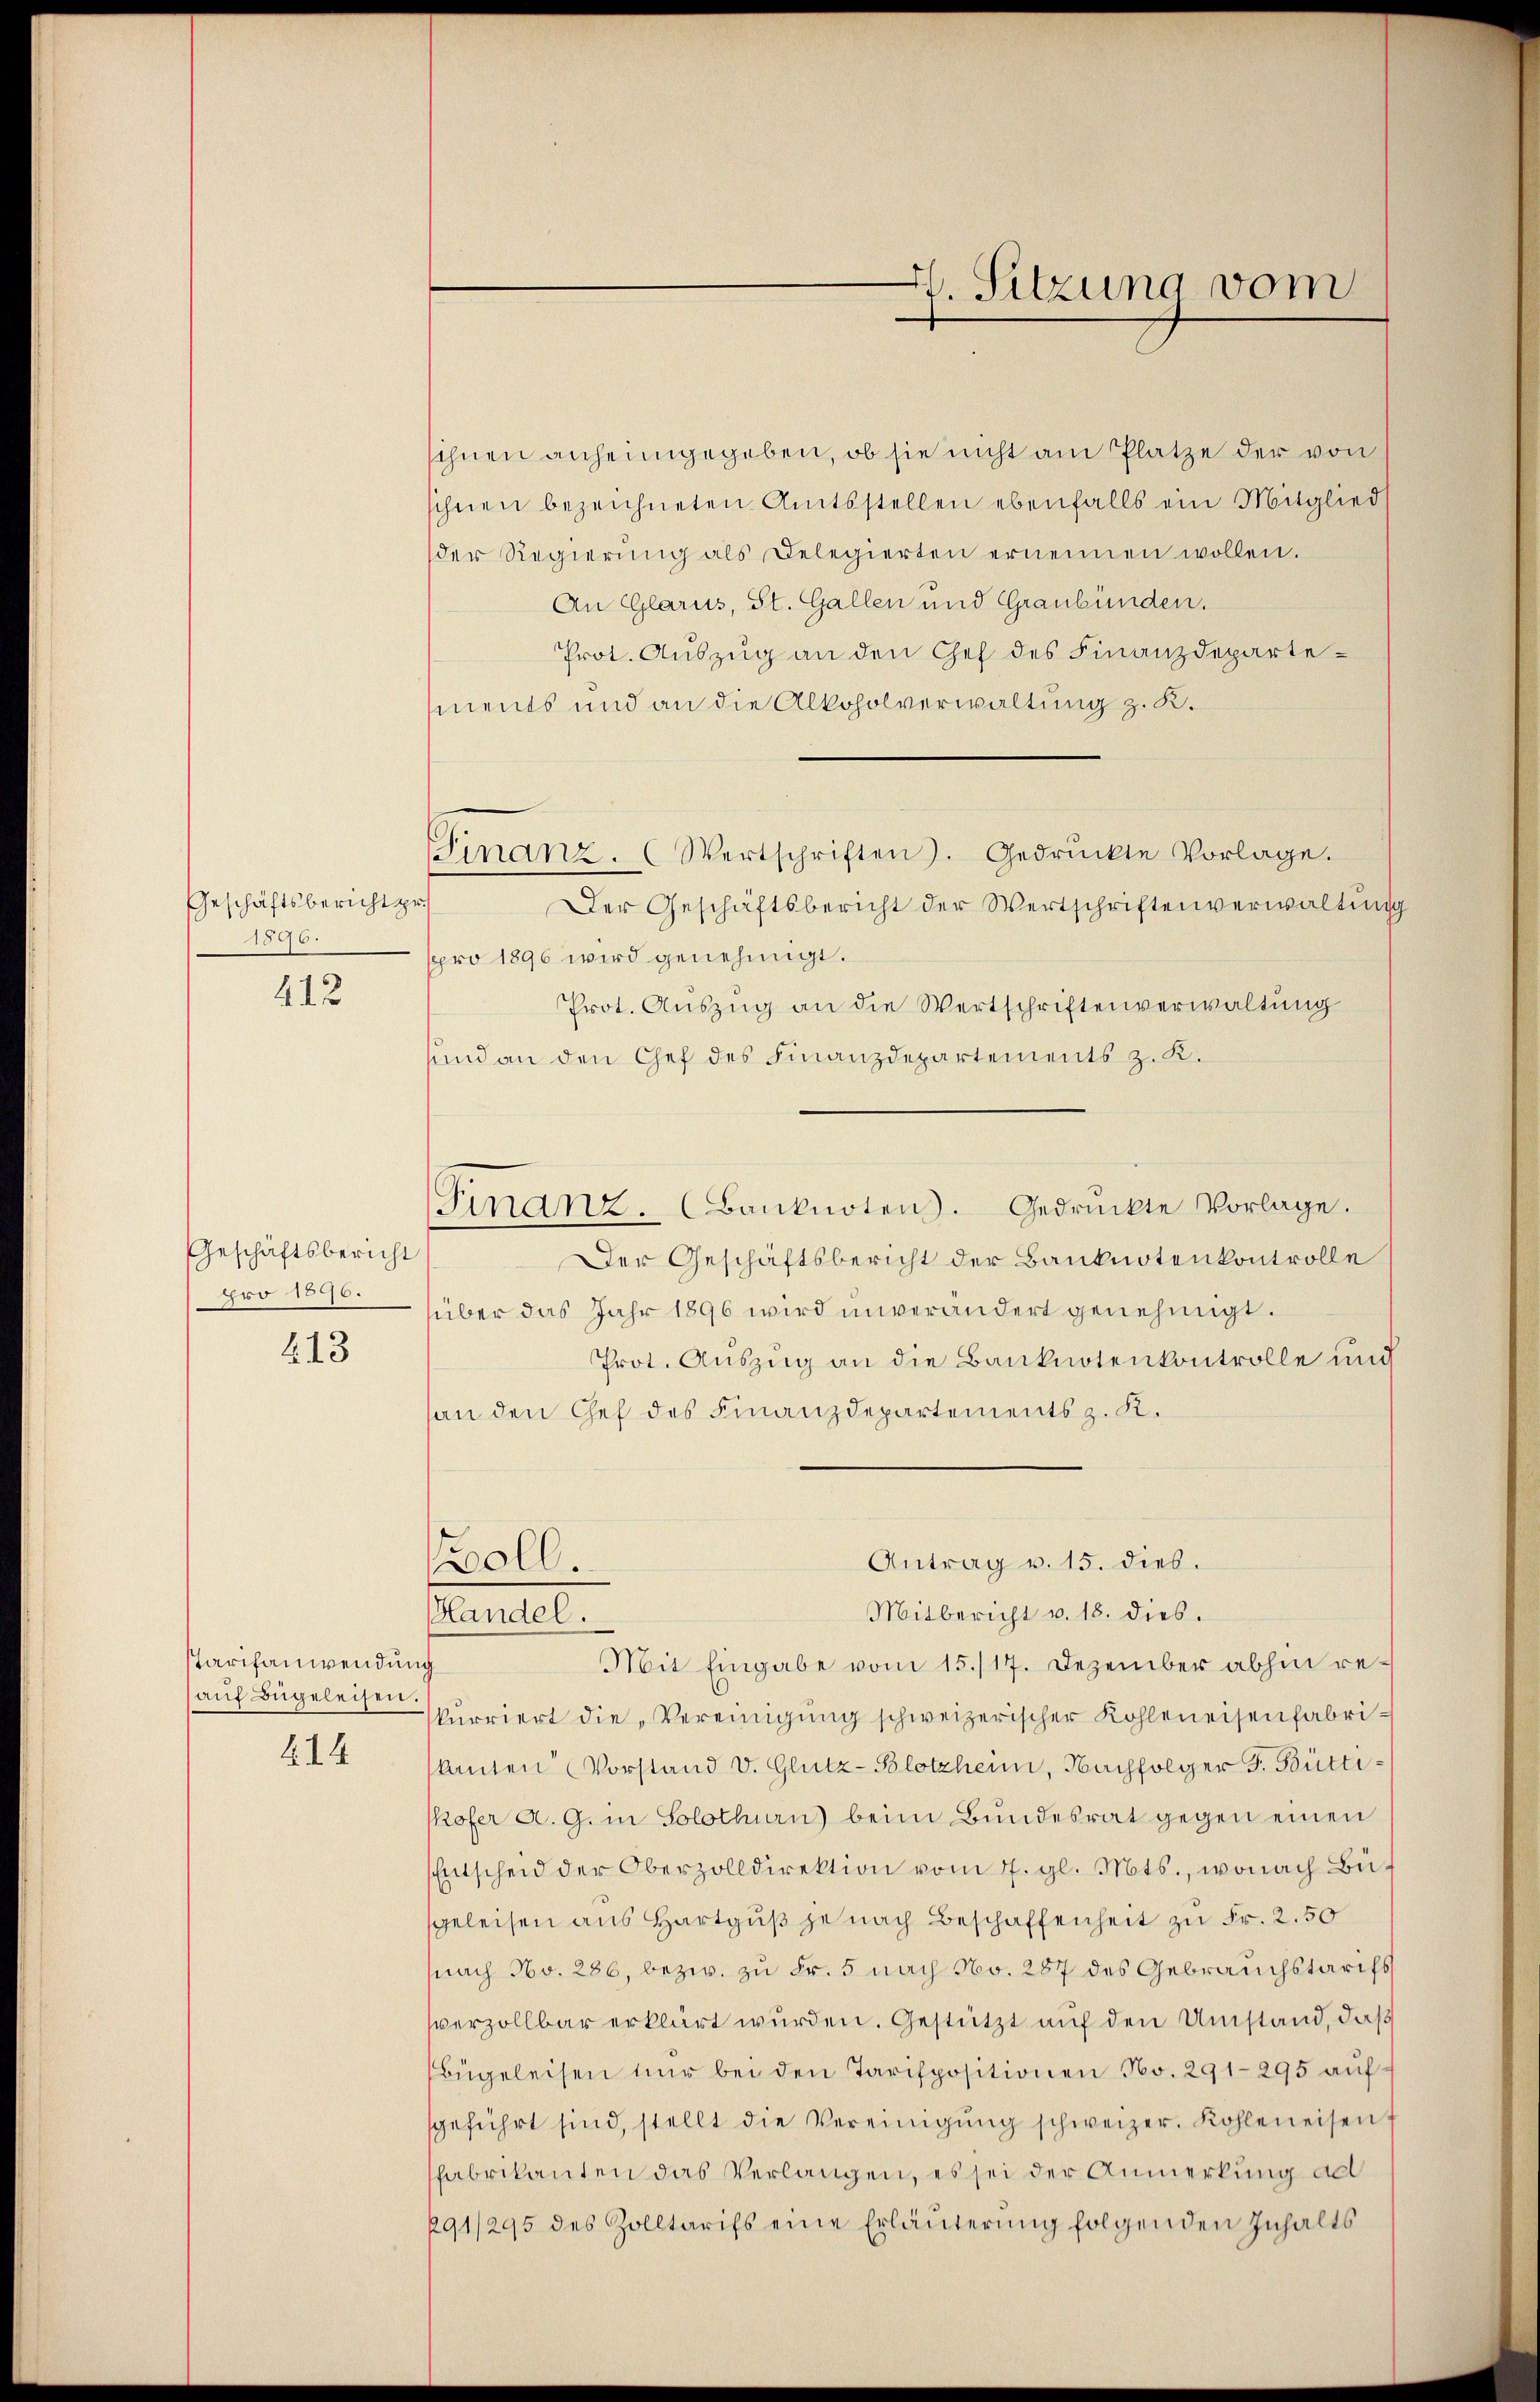
Geschäftsbericht pr
1896.
412

Geschäftsbericht
pro 1890.

413

Tarifanwendung
aŭf Bügeleisen.
414

schnen anheimgegeben, ob sie nicht am Platze der von
sihnen bezeichneten Amtsstellen ebenfalls ein Mitglied
der Regierŭng als Delegierten ernennen wollen.
An Glarus, St. Gallen und Graubünden.
Prot. Auszug an den Chef des Finanzdepartements und an die Alkoholverwaltung z. K.
Finanz. (Wertschriften). Gedrückte Vorlage.
Der Geschäftsbericht der Wertschriftenverwaltung
pppro 1896 wird genehmigt.
Prot. Aŭszŭg an die Wertschriftenverwaltung
sund an den Chef des Finanzdepartements z. K.
Ginanz. (Banknoten. Gedrückte Vorlage.
Der Geschäftsbericht der Banknotenkontrolle
über das Jahr 1896 wird unverändert genehmigt.
Prot. Auszug an die Banknotenkontrolle und
an den Chef des Finanzdepartements z. K.
Antrag v. 15. dies.
oll.
Mitbericht v. 18. dies
Handel.
Mit Eingabe vom 15./17. Dezember abhin rekurriert die Vereinigŭng schweizerischer Kohleneisenfabri-
kanten Vorstand v. Glutz-Blotzheim, Nachfolger F. Büttiskofer A. G. in Solothurn beim Bŭndesrat gegen einen
Entscheid der Oberzolldirektion vom 7. gl. Mts., wonach Büsgeleisen aus Hartguß je nach Beschaffenheit zu Fr. 2.50
nach No. 286, bezw. zu Fr. 5 nach No. 287 des Gebrauchstarifs
sverzollbar erklärt wurden. Gestützt auf den Umstand, daß
bügeleisen nur bei den Tarispositionen No. 291-295 aufsgeführt sind, stellt die Vereinigŭng schweizer. Kohleneisen,
fabrikanten das Verlangen, es sei der Anmerkung ad
291/295 des Zolltarifs eine Erläuterung folgenden Inhalts

. Sitzung vom